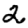
Digit: 2